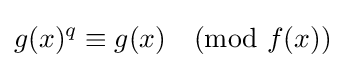
g(x)^{q}\equiv g(x){\pmod {f(x)}}